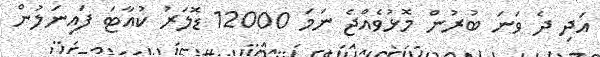
އަދި ދެ ވަނަ ބުރުން މޮޅުވެއްޖެ ނަމަ 12000 ޑޮލަރު ކުއާޓަ ފައިނަލުން